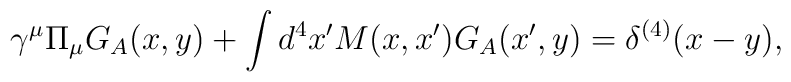
\gamma^\mu \Pi_\mu G_A(x,y) + \int d^4x' M(x,x') G_A(x',y) = \delta^{(4)}(x-y),